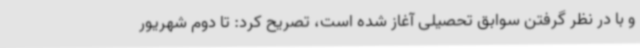
و با در نظر گرفتن سوابق تحصیلی آغاز شده است، تصریح کرد: تا دوم شهریور